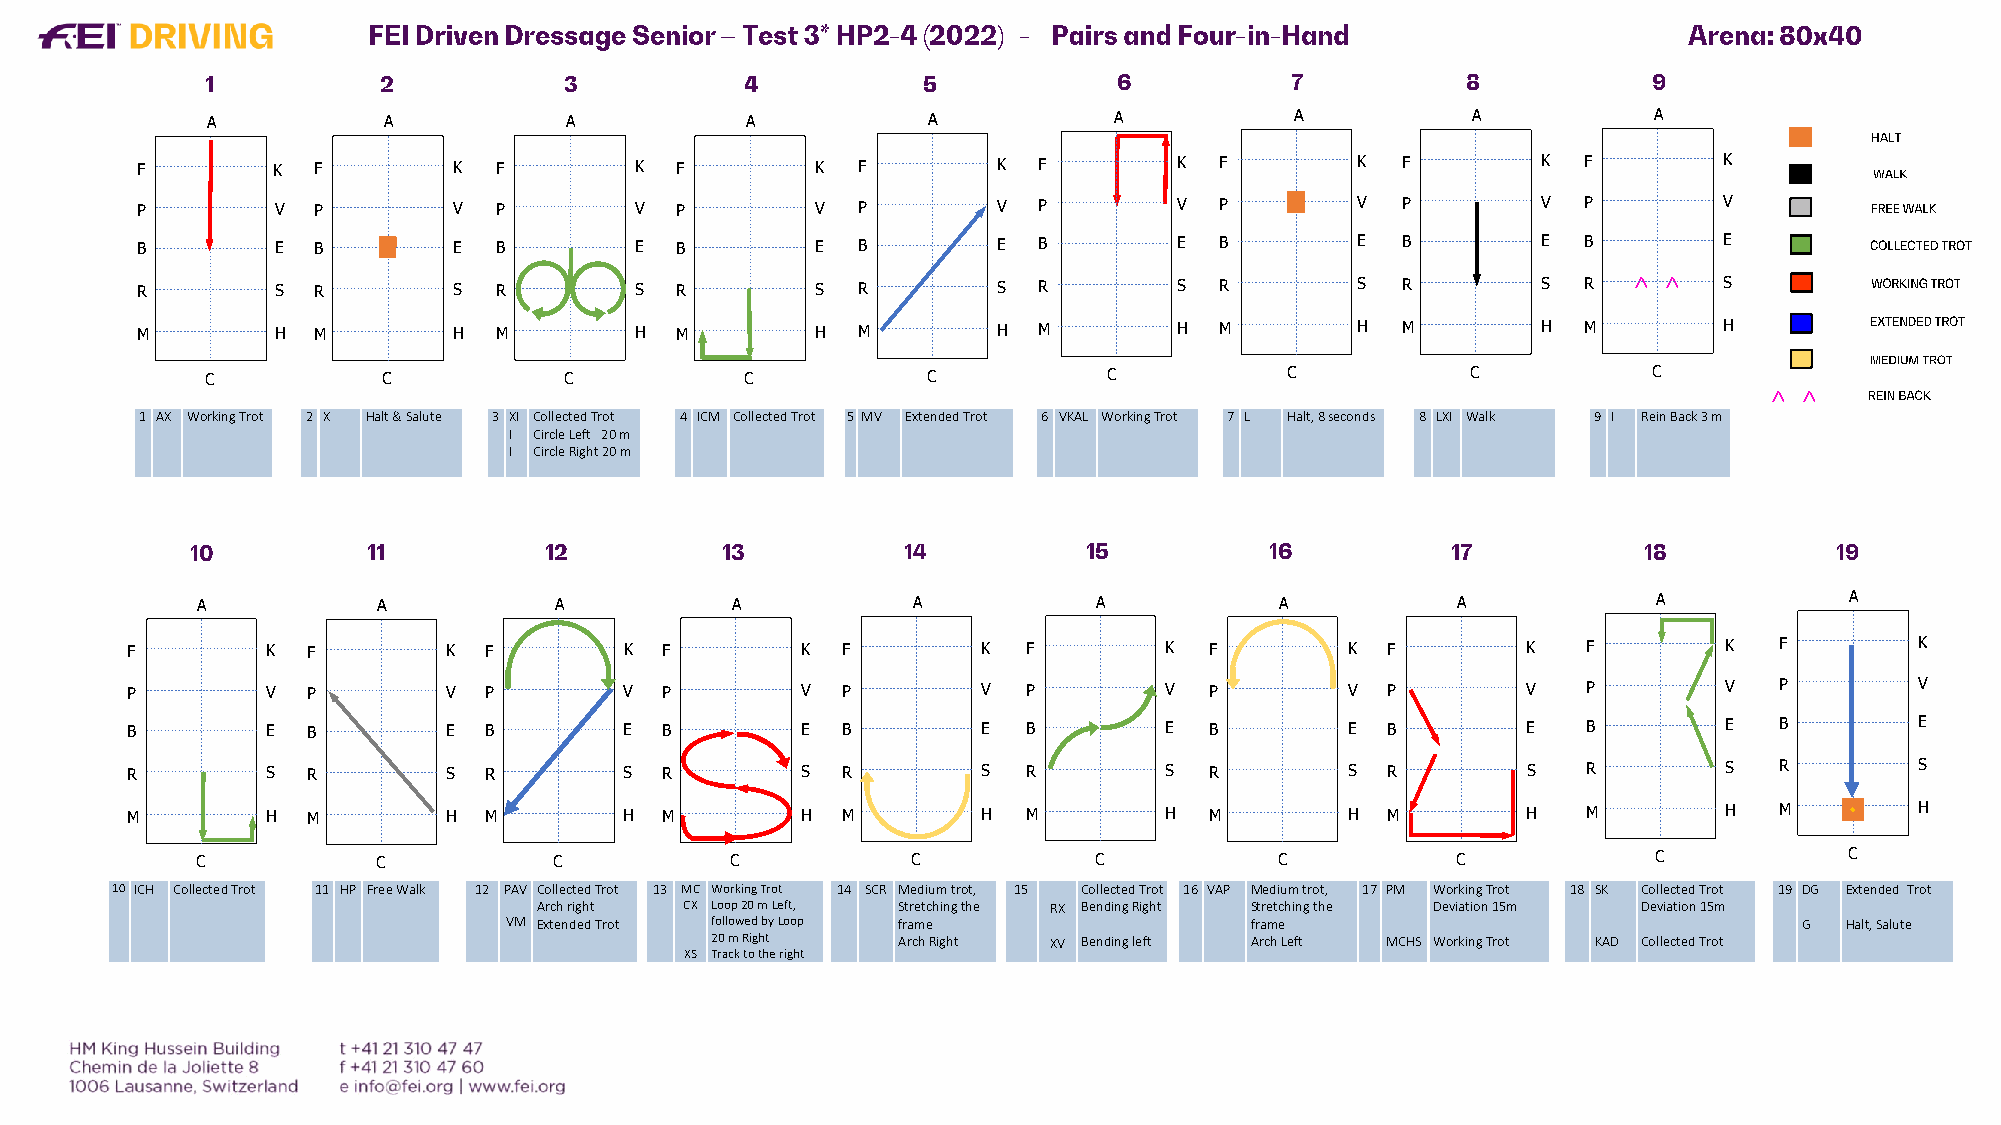
A          A           A           A           A            A           A          A           A
 F        K  F        K  F        K  F        K  F        K  F        K  F        K  F        K  F        K
 P        V  P        V  P        V  P        V  P        V  P        V  P        V  P        V  P        V
 B        E  B        E  B        E  B        E  B        E  B        E  B        E  B        E  B        E
 R        S  R        S  R        S  R        S  R        S  R        S  R        S  R        S  R  <<    S
 M        H  M        H  M        H  M        H  M        H  M        H  M        H  M        H  M        H
 C          C           C           C           C           C           C           C           C
 <<
 1 AX WorkingTrot 2 X Halt & Salute 3 XI CollectedTrot 4 ICM CollectedTrot 5 MV Extended Trot 6 VKAL WorkingTrot 7 L Halt, 8 seconds 8 LXI Walk 9 I ReinBack 3 m
 I CircleLeft 20 m
 I CircleRight 20 m
 A           A           A          A           A            A           A          A             A           A
 F         K F         K F        K  F        K  F        K  F        K  F        K  F        K   F        K   F        K
 P         V P         V P        V  P        V  P        V  P        V  P        V  P        V   P        V   P        V
 B         E B         E B        E  B        E  B        E  B        E  B        E  B        E   B        E   B        E
 R         S R         S R        S  R        S  R        S  R        S  R        S  R        S   R        S   R        S
 M         H M         H M        H  M        H  M        H  M        H  M        H  M        H   M        H   M        H
 C           C           C          C           C           C            C          C             C           C
 10 ICH CollectedTrot 11 HP Free Walk 12 PAV CollectedTrot 13 MC WorkingTrot 14 SCR Medium trot, 15 CollectedTrot 16 VAP Medium trot, 17 PM WorkingTrot 18 SK Collected Trot 19 DG Extended Trot
 Arch right CX Loop20 m Left, Stretchingthe RX BendingRight Stretching the Deviation15m Deviation 15m
 VM Extended Trot followedbyLoop frame             frame                               G  Halt, Salute
 20 m Right  ArchRight XV Bendingleft ArchLeft MCHS WorkingTrot KAD CollectedTrot
 XS Trackto theright